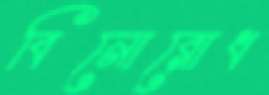
বিনোরোধ